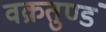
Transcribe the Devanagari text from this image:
वक्रतुण्डं